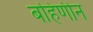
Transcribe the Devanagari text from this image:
बहिणीन